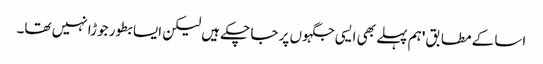
اسا کے مطابق 'ہم پہلے بھی ایسی جگہوں پر جا چکے ہیں لیکن ایسا بطور جوڑا نہیں تھا۔